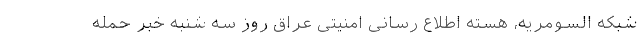
شبکه السومریه، هسته اطلاع رسانی امنیتی عراق روز سه شنبه خبر حمله